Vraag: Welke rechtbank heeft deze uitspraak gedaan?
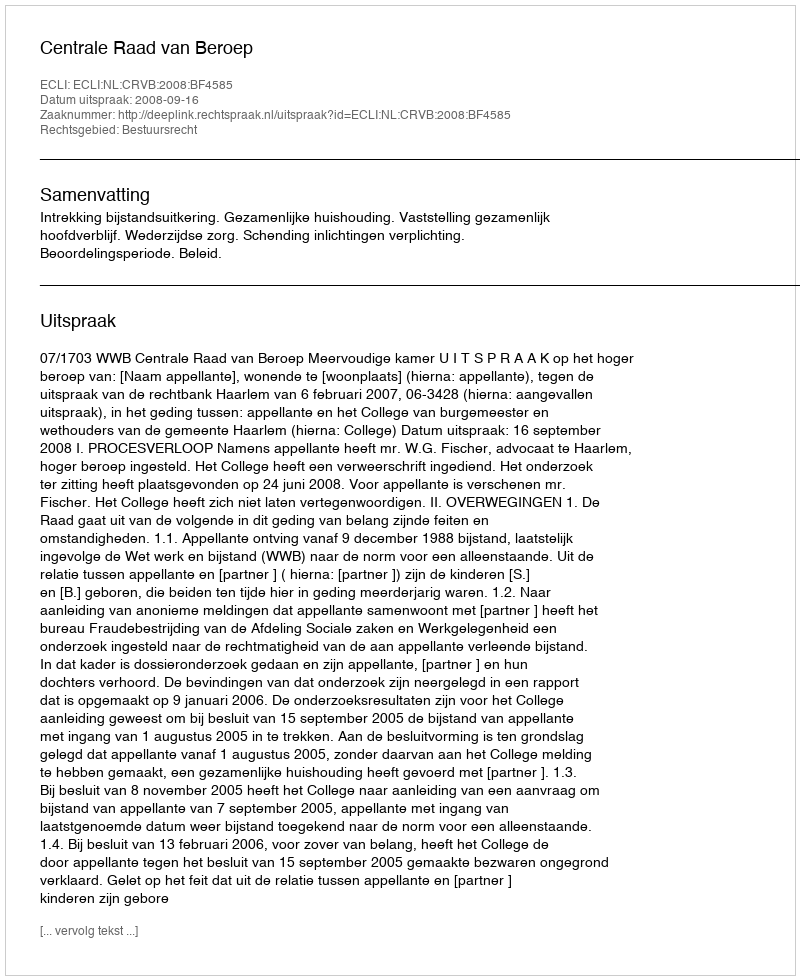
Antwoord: Centrale Raad van Beroep